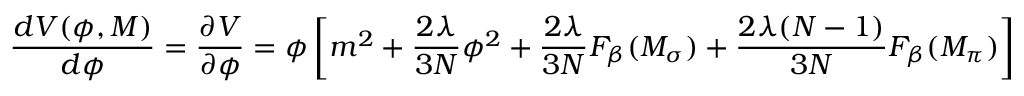
{ \frac { d V ( \phi , M ) } { d \phi } } = { \frac { \partial V } { \partial \phi } } = \phi \left[ m ^ { 2 } + \frac { 2 \lambda } { 3 N } \phi ^ { 2 } + \frac { 2 \lambda } { 3 N } F _ { \beta } ( M _ { \sigma } ) + \frac { 2 \lambda ( N - 1 ) } { 3 N } F _ { \beta } ( M _ { \pi } ) \right] = 0 ~ ,